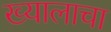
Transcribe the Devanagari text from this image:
ख्यालाचा